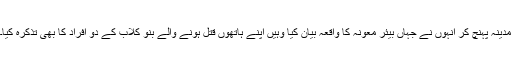
مدینہ پہنچ کر انہوں نے جہاں بیئر معونہ کا واقعہ بیان کیا وہیں اپنے ہاتھوں قتل ہونے والے بنو کلاب کے دو افراد کا بھی تذکرہ کیا۔